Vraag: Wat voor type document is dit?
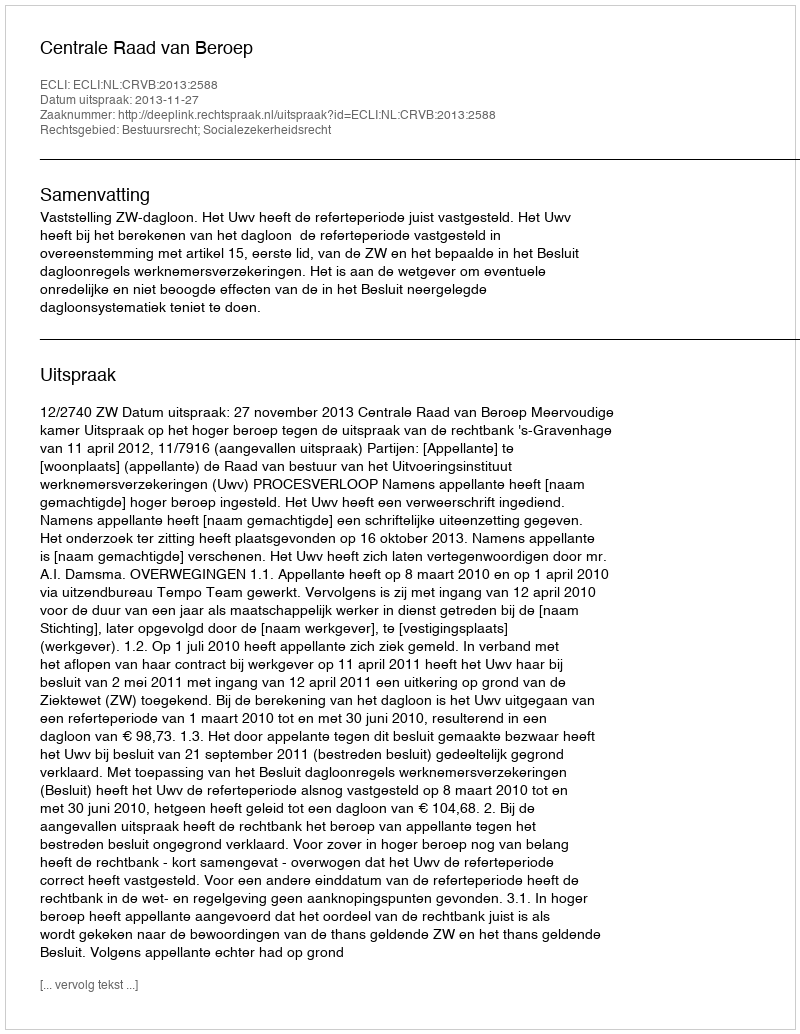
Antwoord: Uitspraak